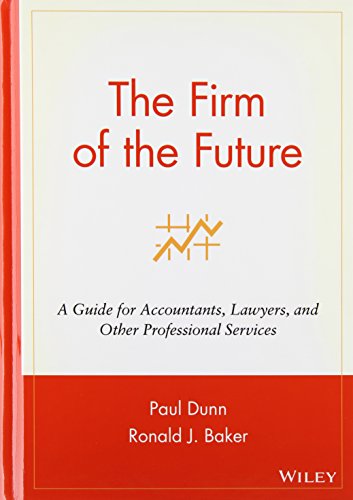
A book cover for The Firm of the Future: A Guide for Accountants, Lawyers, and Other Professional Services; Paul Dunn; Business & Money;